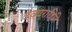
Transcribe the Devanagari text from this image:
वकारादिति